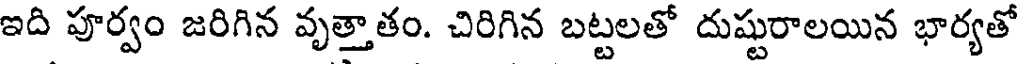
ఇది పూర్వం జరిగిన వృత్తాతం. చిరిగిన బట్టలతో దుష్టురాలయిన భార్యతో